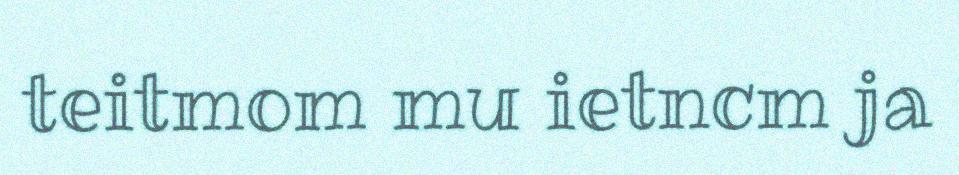
teitmom mu ietncm ja